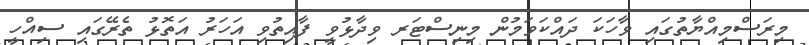
މިރަސްމިއްޔާތުގައި ވާހަކަ ދައްކަވަމުން މިނިސްޓަރ ވިދާޅުވީ ފާއިތުވި އަހަރު އަތޮޅު ތެރޭގައި ސިއްހީ